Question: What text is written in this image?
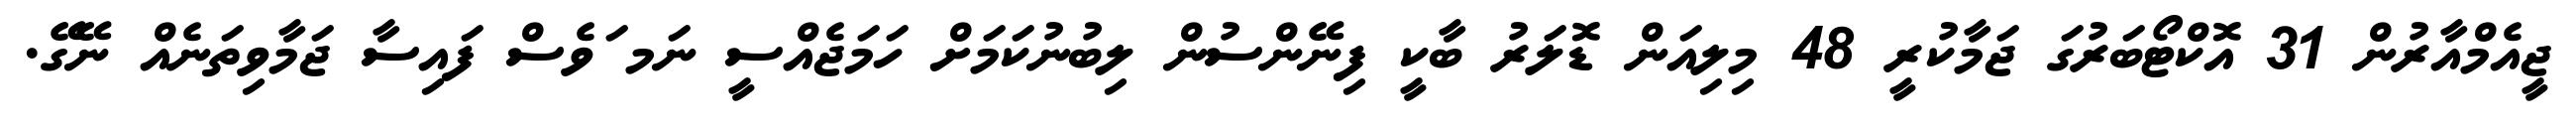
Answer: ޖީއެމްއާރުން 31 އޮކްޓޯބަރުގަ ޖަމާކުރީ 48 މިލިއަން ޑޮލަރު ބާކީ ފިނޭންސުން ލިބުނުކަމަށް ހަމަޖެއްސީ ނަމ ަވެސް ފައިސާ ޖަމާވިތަނެއް ނޭގޭ.